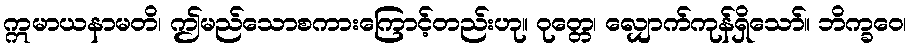
ဣမာယနာမတိ၊ ဤမည်သောစကားကြောင့်တည်းဟု။ ဝုတ္တေ၊ လျှောက်ကုန်ရှိသော်။ ဘိက္ခဝေ၊